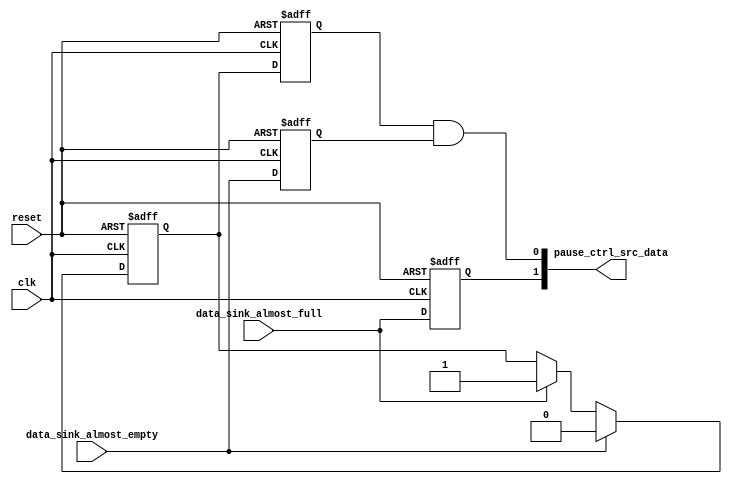
// (C) 2001-2011 Altera Corporation. All rights reserved.
// Your use of Altera Corporation's design tools, logic functions and other 
// software and tools, and its AMPP partner logic functions, and any output 
// files any of the foregoing (including device programming or simulation 
// files), and any associated documentation or information are expressly subject 
// to the terms and conditions of the Altera Program License Subscription 
// Agreement, Altera MegaCore Function License Agreement, or other applicable 
// license agreement, including, without limitation, that your use is for the 
// sole purpose of programming logic devices manufactured by Altera and sold by 
// Altera or its authorized distributors.  Please refer to the applicable 
// agreement for further details.


//-----------------------------------------------------------------------------
// DESCRIPTION
// st_2to1_adapter handle the two different st interface and combine it to become one ST interface 
//-----------------------------------------------------------------------------

// altera message_off 10230 

module altera_eth_fifo_pause_ctrl_adapter
(						
						//global
						clk,
						reset,
						
					
						//Almost full Data Sink
						data_sink_almost_full,
						
						//Almost empty Data Sink
						data_sink_almost_empty,
						
                        //Av-ST Data Source
                        pause_ctrl_src_data
                        
						);
						
	// =head2 Clock and reset interface
	input									clk;
	input									reset;
   
	// =head2 Avalon ST DataIn (Sink) Interface
	input									data_sink_almost_full;
	
	// =head2 Avalon ST DataIn (Sink) Interface
	input									data_sink_almost_empty;	

	// =head2 Avalon ST DataOut (Source) Interface
	output		[1:0]                       pause_ctrl_src_data;
    
    reg                                     hold_almost_full;
    reg                                     hold_almost_full_1;
    reg                                     reg_data_sink_almost_full;
    reg                                     reg_data_sink_almost_empty;
    
    always @ (posedge clk or posedge reset)
        begin
        if(reset == 1'b1)
            begin
            hold_almost_full <= 1'b0;
            reg_data_sink_almost_full <= 1'b0;
            reg_data_sink_almost_empty <= 1'b0;
            hold_almost_full_1 <= 1'b0;
            end
        else
            begin
            if(data_sink_almost_empty == 1'b1)
                begin
                hold_almost_full <= 1'b0;
                end
            else if(data_sink_almost_full == 1'b1)
                begin
                hold_almost_full <=1'b1;
                end 
            reg_data_sink_almost_full <= data_sink_almost_full;
            reg_data_sink_almost_empty <= data_sink_almost_empty;
            hold_almost_full_1 <= hold_almost_full;
            end
        end

	assign pause_ctrl_src_data[1] = reg_data_sink_almost_full;
	assign pause_ctrl_src_data[0] = hold_almost_full_1 & reg_data_sink_almost_empty;


endmodule